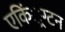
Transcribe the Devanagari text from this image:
एकिं्रग्टन